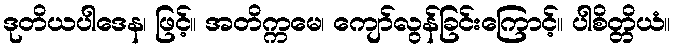
ဒုတိယပါဒေန၊ ဖြင့်။ အတိက္ကမေ၊ ကျော်လွန်ခြင်းကြောင့်။ ပါစိတ္တိယံ။